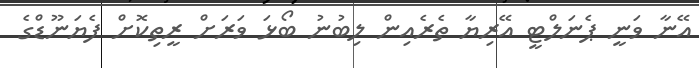
އޭނާ ވަނީ ޕެނަލްޓީ އޭރިޔާ ތެރެއިން ލިބުނު ބޯޅަ ވަރަށް ރީތިކޮށް ފެޔަނޫޑްގެ